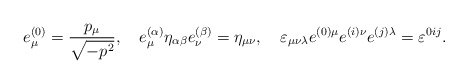
\begin{align*}e^{(0)}_\mu = \frac{p_\mu}{\sqrt{-p^2}}, \quad e^{(\alpha)}_\mu \eta_{\alpha\beta} e^{(\beta)}_\nu = \eta_{\mu\nu},\quad\varepsilon_{\mu\nu\lambda} e^{(0)\mu} e^{(i)\nu} e^{(j)\lambda} =\varepsilon^{0ij}.\end{align*}